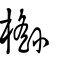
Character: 櫾